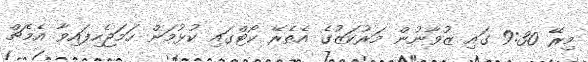
މިރޭ 9:30 ގައި ޒުވާނުން މަރުކަޒުގެ އެތެރޭ ކޯޓްގައި ކުޅުމަށް ހަމަޖެހިފައިވާ އެމެޗް